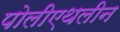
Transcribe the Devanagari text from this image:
पोलीएथलीन